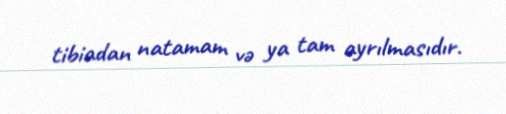
tibiadan natamam və ya tam ayrılmasıdır.